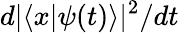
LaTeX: d|\langle x|\psi(t)\rangle|^{2}/dt